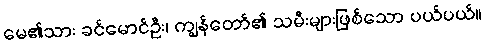
မေ၏သား ခင်မောင်ဦး၊ ကျွန်တော်၏ သမီးများဖြစ်သော ပယ်ပယ်။